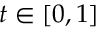
t \in [ 0 , 1 ]